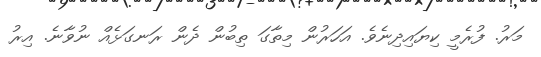
މަރު. ފުރެމީ ކިޔައިދިނެވެ. އަހަރުން މިތާގަ ތިބުން ދެން ރަނގަޅެއް ނުވާނެ. އިރު